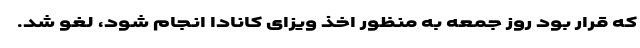
که قرار بود روز جمعه به منظور اخذ ویزای کانادا انجام شود، لغو شد.